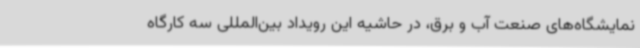
نمایشگاه‌های صنعت آب و برق، در حاشیه این رویداد بین‌المللی سه کارگاه